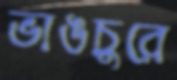
ভাঙচুরে